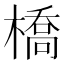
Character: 橋